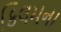
ફિલમના